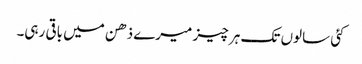
کئی سالوں تک ہر چیز میرے ذھن میں باقی رہی۔